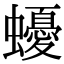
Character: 𮕈